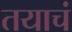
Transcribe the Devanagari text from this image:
तयाचं